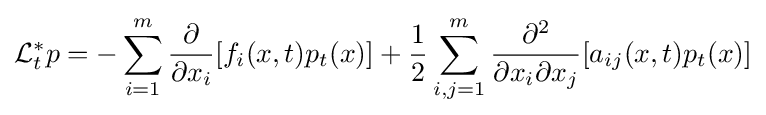
{\cal {L}}_{t}^{*}p=-\sum _{i=1}^{m}{\frac {\partial }{\partial x_{i}}}[f_{i}(x,t)p_{t}(x)]+{\frac {1}{2}}\sum _{i,j=1}^{m}{\frac {\partial ^{2}}{\partial x_{i}\partial x_{j}}}[a_{ij}(x,t)p_{t}(x)]